Annual administration report of the Civil Veterinary Department, Sind - 1943-1944
Year: 1943
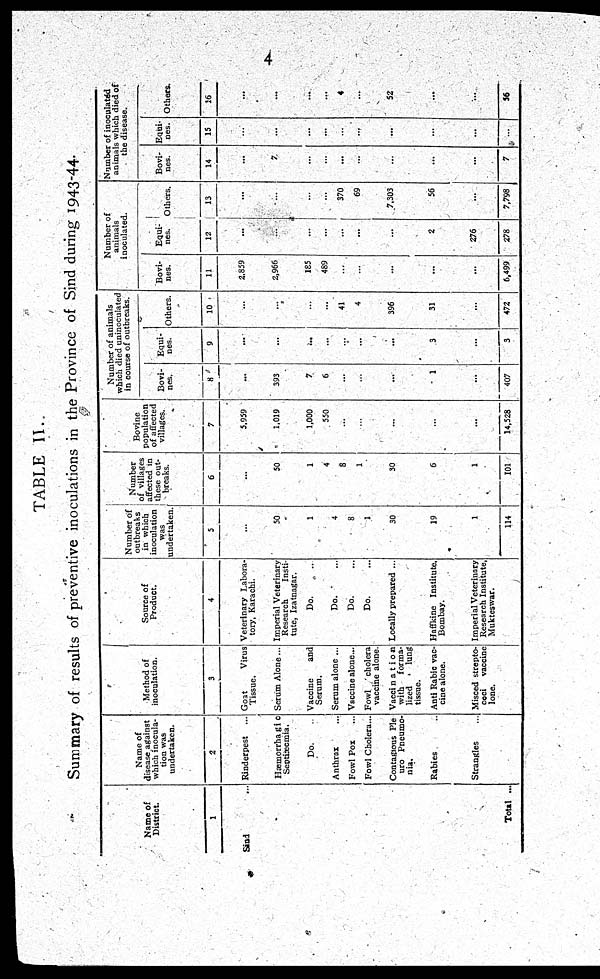
4
TABLE II.
Summary of results of preventive inoculations in the Province of Sind during 1943-44.
Name of
District.
1
Sind ...
Total ...
Name of
disease against
which inocula-
tion was
undertaken.
2
Rinderpest ...
Hæmorrhagic
Septiæmia.
Do. ...
Anthrax ...
Fowl Pox ...
Fowl Cholera...
Contagious Ple
uro Pneumo-
nia.
Rabies ...
Strangles ...
Method of
inoculation.
3
Goat
Virus
Tissue.
Serum Alone ...
Vaccine
and
Serum.
Serum alone ...
Vaccine alone...
Fowl
cholera
vaccine alone.
Vaccination
with
forma-
lized
lung
tissue.
Anti Rabic vac-
cine alone.
Misced strepto-
coci
vaccine
lone.
Source of
Product.
4
Veterinary Labora-
tory, Karachi.
Imperial Veterinary
Research
Insti-
tute, Izatnagar.
Do. ...
Do. ...
Do. ...
Do. ...
Locally prepared ...
Haffkine Institute.
Bombay.
Imperial Veterinary
Research Institute,
Mukteswar.
Number of
outbreaks
in which
inoculation
was
undertaken.
5
...
50
1
4
8
1
50
19
1
114
Number
of villages
affected in
these out-
breaks.
6
...
50
1
4
8
1
30
6
1
101
Bovine
population
of affected
villages.
7
5,959
1,019
1,000
550
...
...
...
...
...
14,528
Number of animals
which died uninoculated
in course of outbreaks.
Bovi-
nes.
8
...
393
7
6
...
...
...
1
...
407
Equi-
nes.
9
...
...
...
...
...
...
...
3
...
3
Others.
10
...
...
...
...
41
4
396
31
...
472
Number of
animals
inoculated.
Bovi-
nes.
11
2,859
2,966
185
489
...
...
...
...
...
6,499
Equi-
nes.
12
...
...
...
...
...
...
...
2
276
278
Others.
13
...
...
...
...
370
69
7,303
56
...
7,798
Number of inoculated
animals which died of
the disease.
Bovi-
nes.
14
...
7
...
...
...
...
...
...
7
Equi-
nes.
15
...
...
...
...
...
...
...
...
...
Others.
16
...
...
...
...
...
...
52
...
56